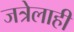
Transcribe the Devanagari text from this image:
जत्रेलाही